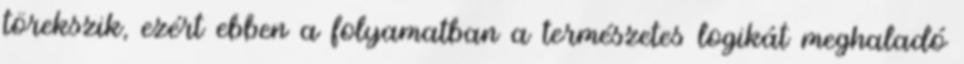
törekszik, ezért ebben a folyamatban a természetes logikát meghaladó